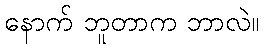
နောက် ဘူတာက ဘာလဲ။